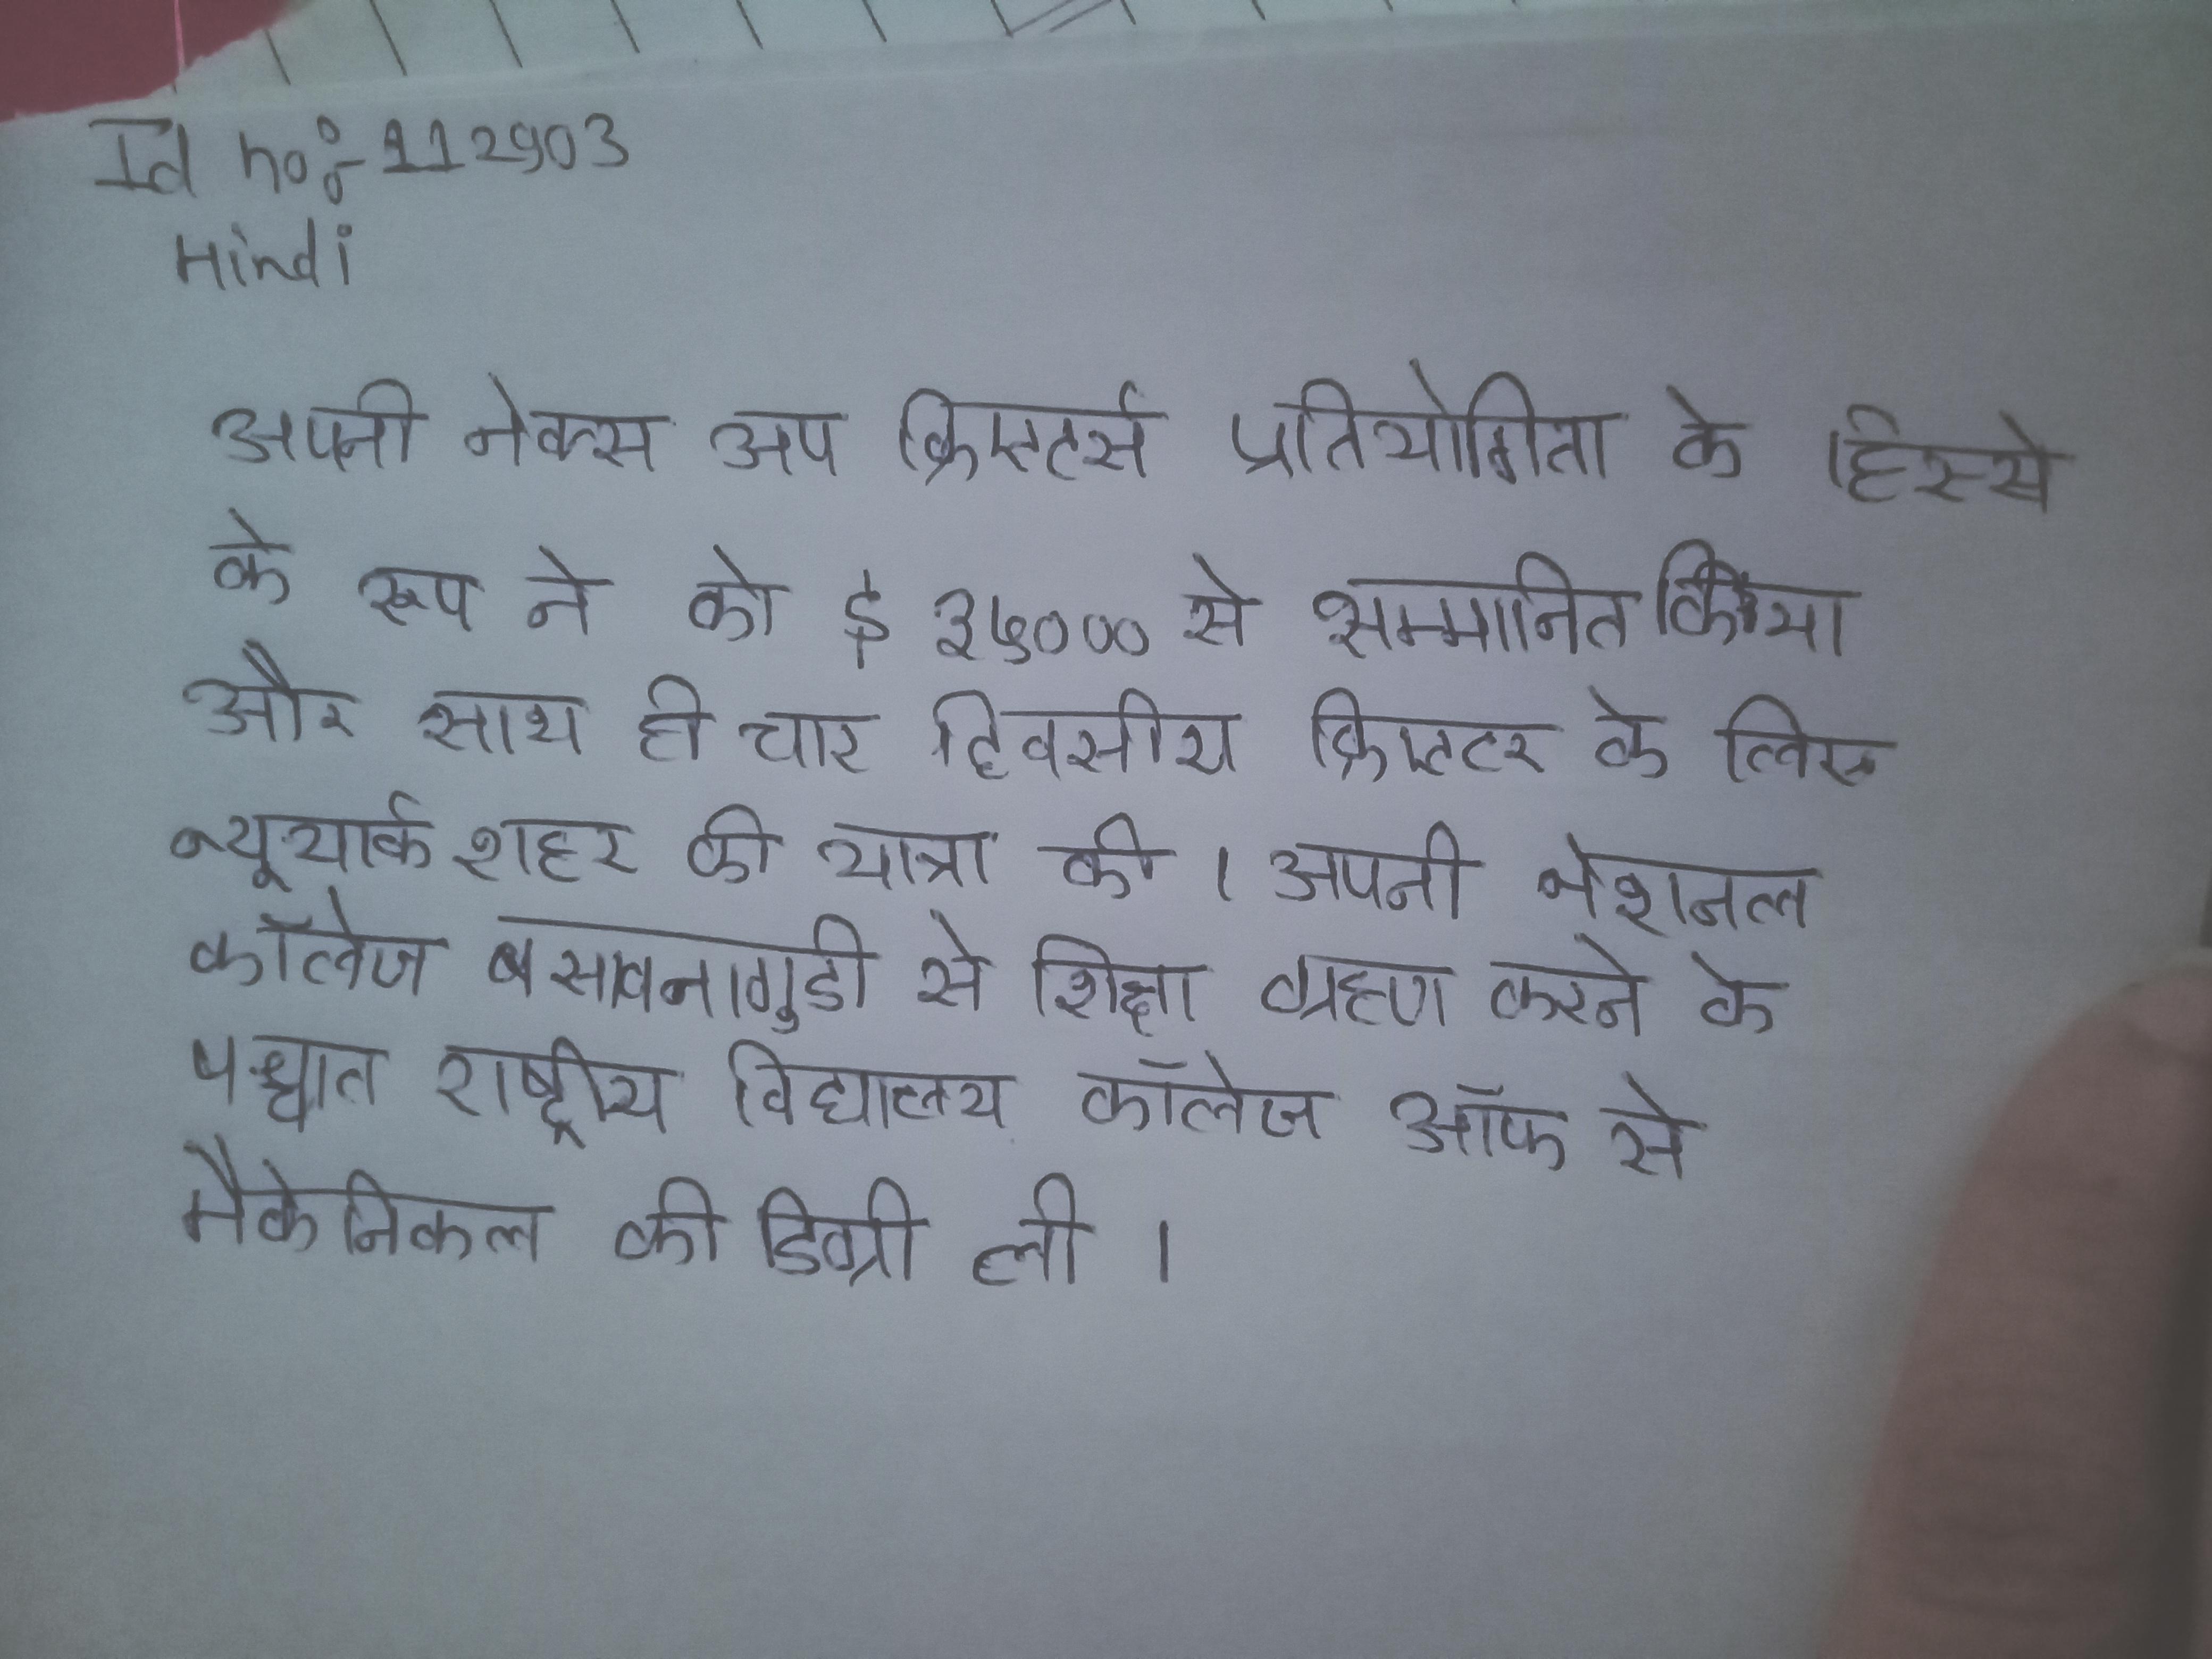
अपनी नेक्स्ट अप क्रिएटर्स प्रतियोगिता के हिस्से के रूप ने को $३५,००० से सम्मानित किया और साथ ही चार दिवसीय क्रिएटर के लिए न्यूयॉर्क शहर की यात्रा की । अपनी नेशनल कॉलेज बसावनागुडी से शिक्षा ग्रहण करने के पश्चात राष्ट्रीय विद्यालय कॉलेज ऑफ से मैकेनिकल की डिग्री ली ।